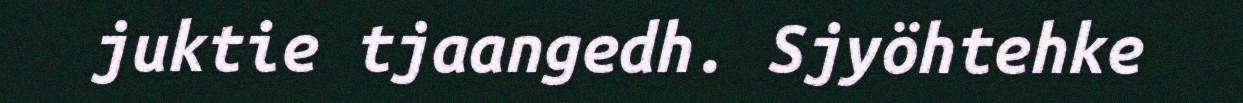
juktie tjaangedh. Sjyöhtehke